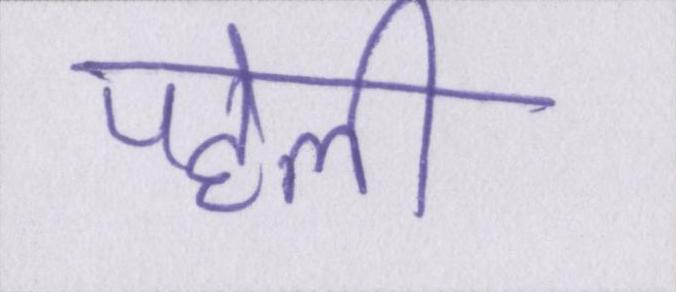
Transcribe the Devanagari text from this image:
पहेली